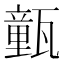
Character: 㼿